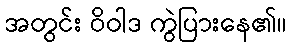
အတွင်း ဝိဝါဒ ကွဲပြားနေ၏။